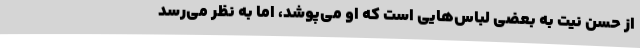
از حسن نیت به بعضی لباس‌هایی است که او می‌پوشد، اما به نظر می‌رسد